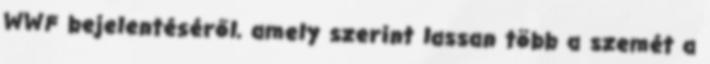
WWF bejelentéséről, amely szerint lassan több a szemét a